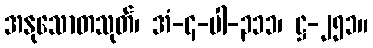
အနုသောတသုတ်၊ အံ-၄-ပါ-၃၁၁၊ ဋ္ဌ-၂၅၁။